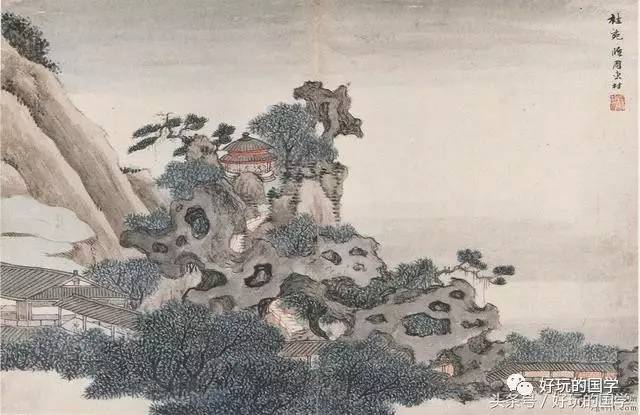
谁谓伤心画不成，画人心逐世人情。